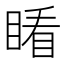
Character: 𥈧